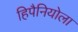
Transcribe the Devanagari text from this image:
हिपैनियोला